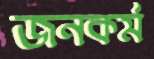
জনকর্ম